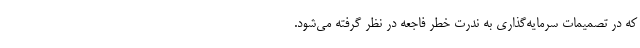
که در تصمیمات سرمایه‌گذاری به ندرت خطر فاجعه در نظر گرفته می‌شود.